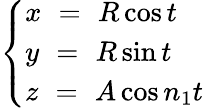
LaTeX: \left\{ \begin{array}{l}{x\, \, =\, \, R\cos t}\\ {y\, \, =\, \, R\sin t}\\ {z\, \, =\, \, A\cos n_{1}t}\end{array}\right.